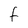
Character: f